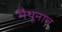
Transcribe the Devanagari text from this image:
मैथूनात